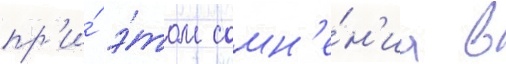
пр'и́ э́том сомн'е́н'иа в